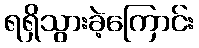
ရရှိသွားခဲ့ကြောင်း